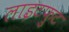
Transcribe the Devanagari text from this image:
लाइटफुट